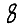
Digit: 8